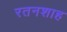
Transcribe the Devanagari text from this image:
रतनशाह